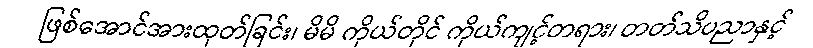
ဖြစ်အောင်အားထုတ်ခြင်း၊ မိမိ ကိုယ်တိုင် ကိုယ်ကျင့်တရား၊ တတ်သိပညာနှင့်